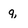
Character: q